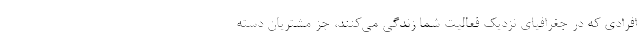
افرادی که در جغرافیای نزدیک فعالیت شما زندگی می‌کنند، جز مشتریان دسته